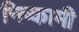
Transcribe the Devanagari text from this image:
निष्कामी